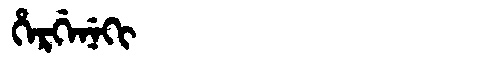
Manchu: ᡥᡝᡵᡤᡝᠨᡝᡴᡳ
Romanization: HERGENEKI